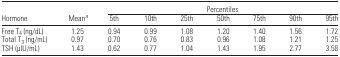
<table><thead><tr><td></td><td></td><td colspan="7"><b>Percentiles</b></td></tr><tr><td><b>Hormone</b></td><td><b>Meana</b></td><td><b>5th</b></td><td><b>10th</b></td><td><b>25th</b></td><td><b>50th</b></td><td><b>75th</b></td><td><b>90th</b></td><td><b>95th</b></td></tr></thead><tbody><tr><td>Free T<sub>4</sub> (ng/dL)</td><td>1.25</td><td>0.94</td><td>0.99</td><td>1.08</td><td>1.20</td><td>1.40</td><td>1.56</td><td>1.72</td></tr><tr><td>Total T<sub>3</sub> (ng/mL)</td><td>0.97</td><td>0.70</td><td>0.76</td><td>0.83</td><td>0.96</td><td>1.08</td><td>1.21</td><td>1.25</td></tr><tr><td>TSH (μIU/mL)</td><td>1.43</td><td>0.62</td><td>0.77</td><td>1.04</td><td>1.43</td><td>1.95</td><td>2.77</td><td>3.58</td></tr></tbody></table>